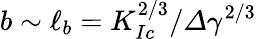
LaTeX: b\sim\ell_{b}=K_{Ic}^{2/3}/\varDelta\gamma^{2/3}